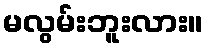
မလွမ်းဘူးလား။